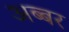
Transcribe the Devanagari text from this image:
अब्बर